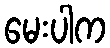
မေးပါက